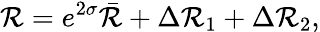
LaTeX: \mathcal{R}=e^{2\sigma}\bar{{\mathcal{R}}}+\Delta\mathcal{R}_{1}+\Delta\mathcal{R}_{2},